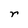
Character: r